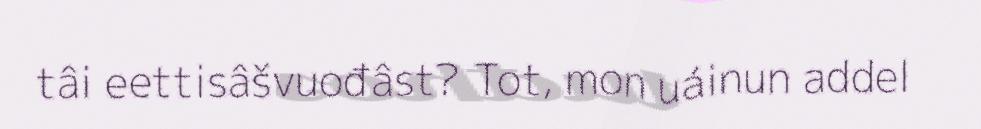
tâi eettisâšvuođâst? Tot, mon uáinun addel